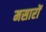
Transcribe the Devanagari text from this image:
मसारों